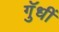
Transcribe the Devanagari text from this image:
गुॅधीं